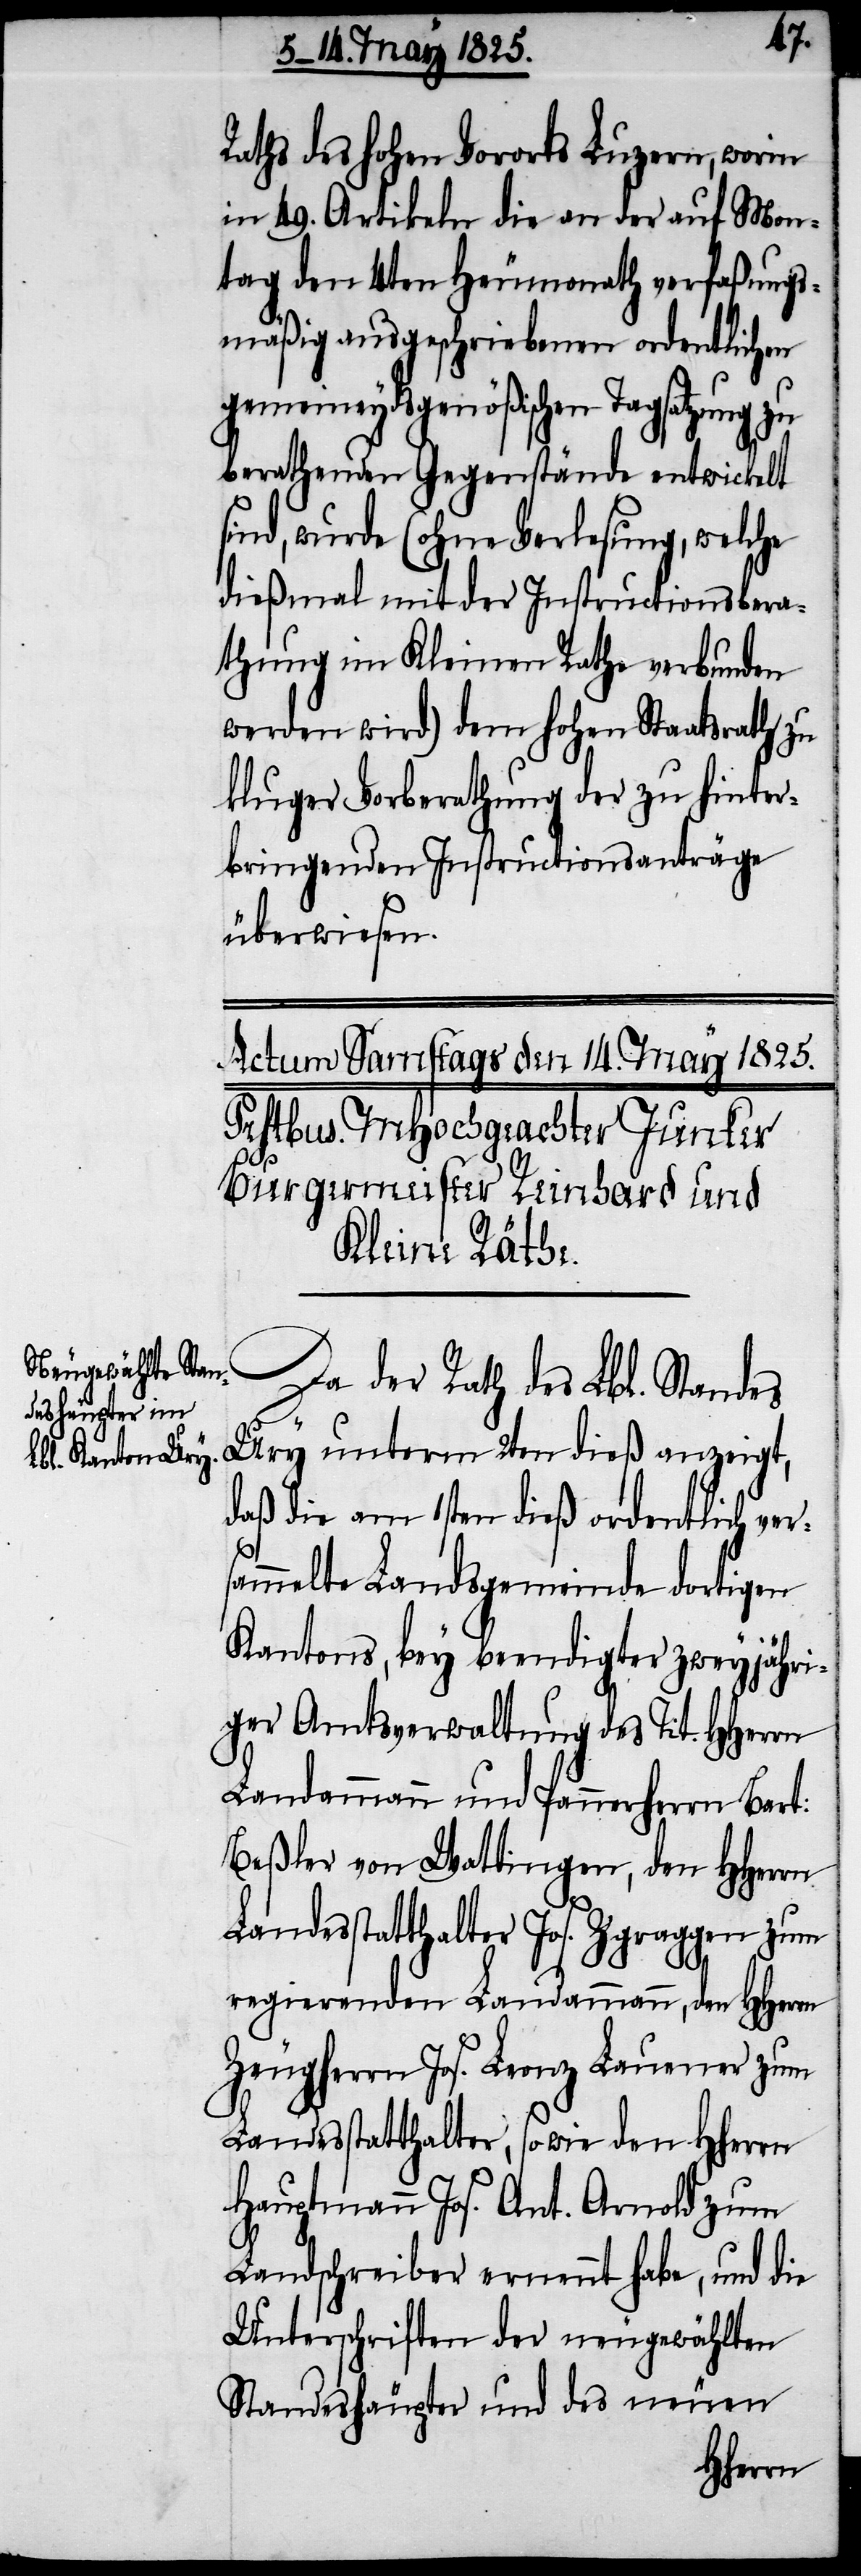
Raths des hohen Vororts Luzern, worin
in 49. Artikeln die an der auf Mon¬
tag den 4ten Heumonath verfaßungs¬
mäßig ausgeschriebenen ordentlichen
gemeineydsgenößischen Tagsatzung zu
berathenden Gegenstände entwickelt
sind, wurde (ohne Verlesung, welche
dießmal mit der Instructionsbera¬
thung im Kleinen Rathe verbunden
werden wird) dem hohen Staatsrathe zu
kluger Vorberathung der zu hinter¬
bringenden Instructionsanträge
überwiesen.
Ury unterm 2ten dieß anzeigt,
daß die am 1sten dieß ordentlich ver¬
sammelte Landsgemeinde dortigen
Kantons, bey beendigter zweyjähri¬
ger Amtsverwaltung des Tit. HHerrn
Landammann und Pannerherrn Bart:
Beßler von Wattingen, den HHerrn
Landesstatthalter Jos. Zgraggen zum
regierenden Landammann, den HHerrn
Zeugherrn Jos. Franz Lauener zum
Landesstatthalter, sowie den HHerrn
Hauptmann Jos. Ant. Arnold zum
Lbl.
Landschreiber ernennt habe, und die
Unterschriften der neugewählten
Standeshäupter und des neuen